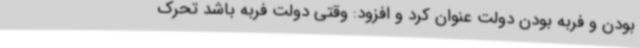
بودن و فربه بودن دولت عنوان کرد و افزود: وقتی دولت فربه باشد تحرک